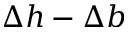
\Delta h - \Delta b